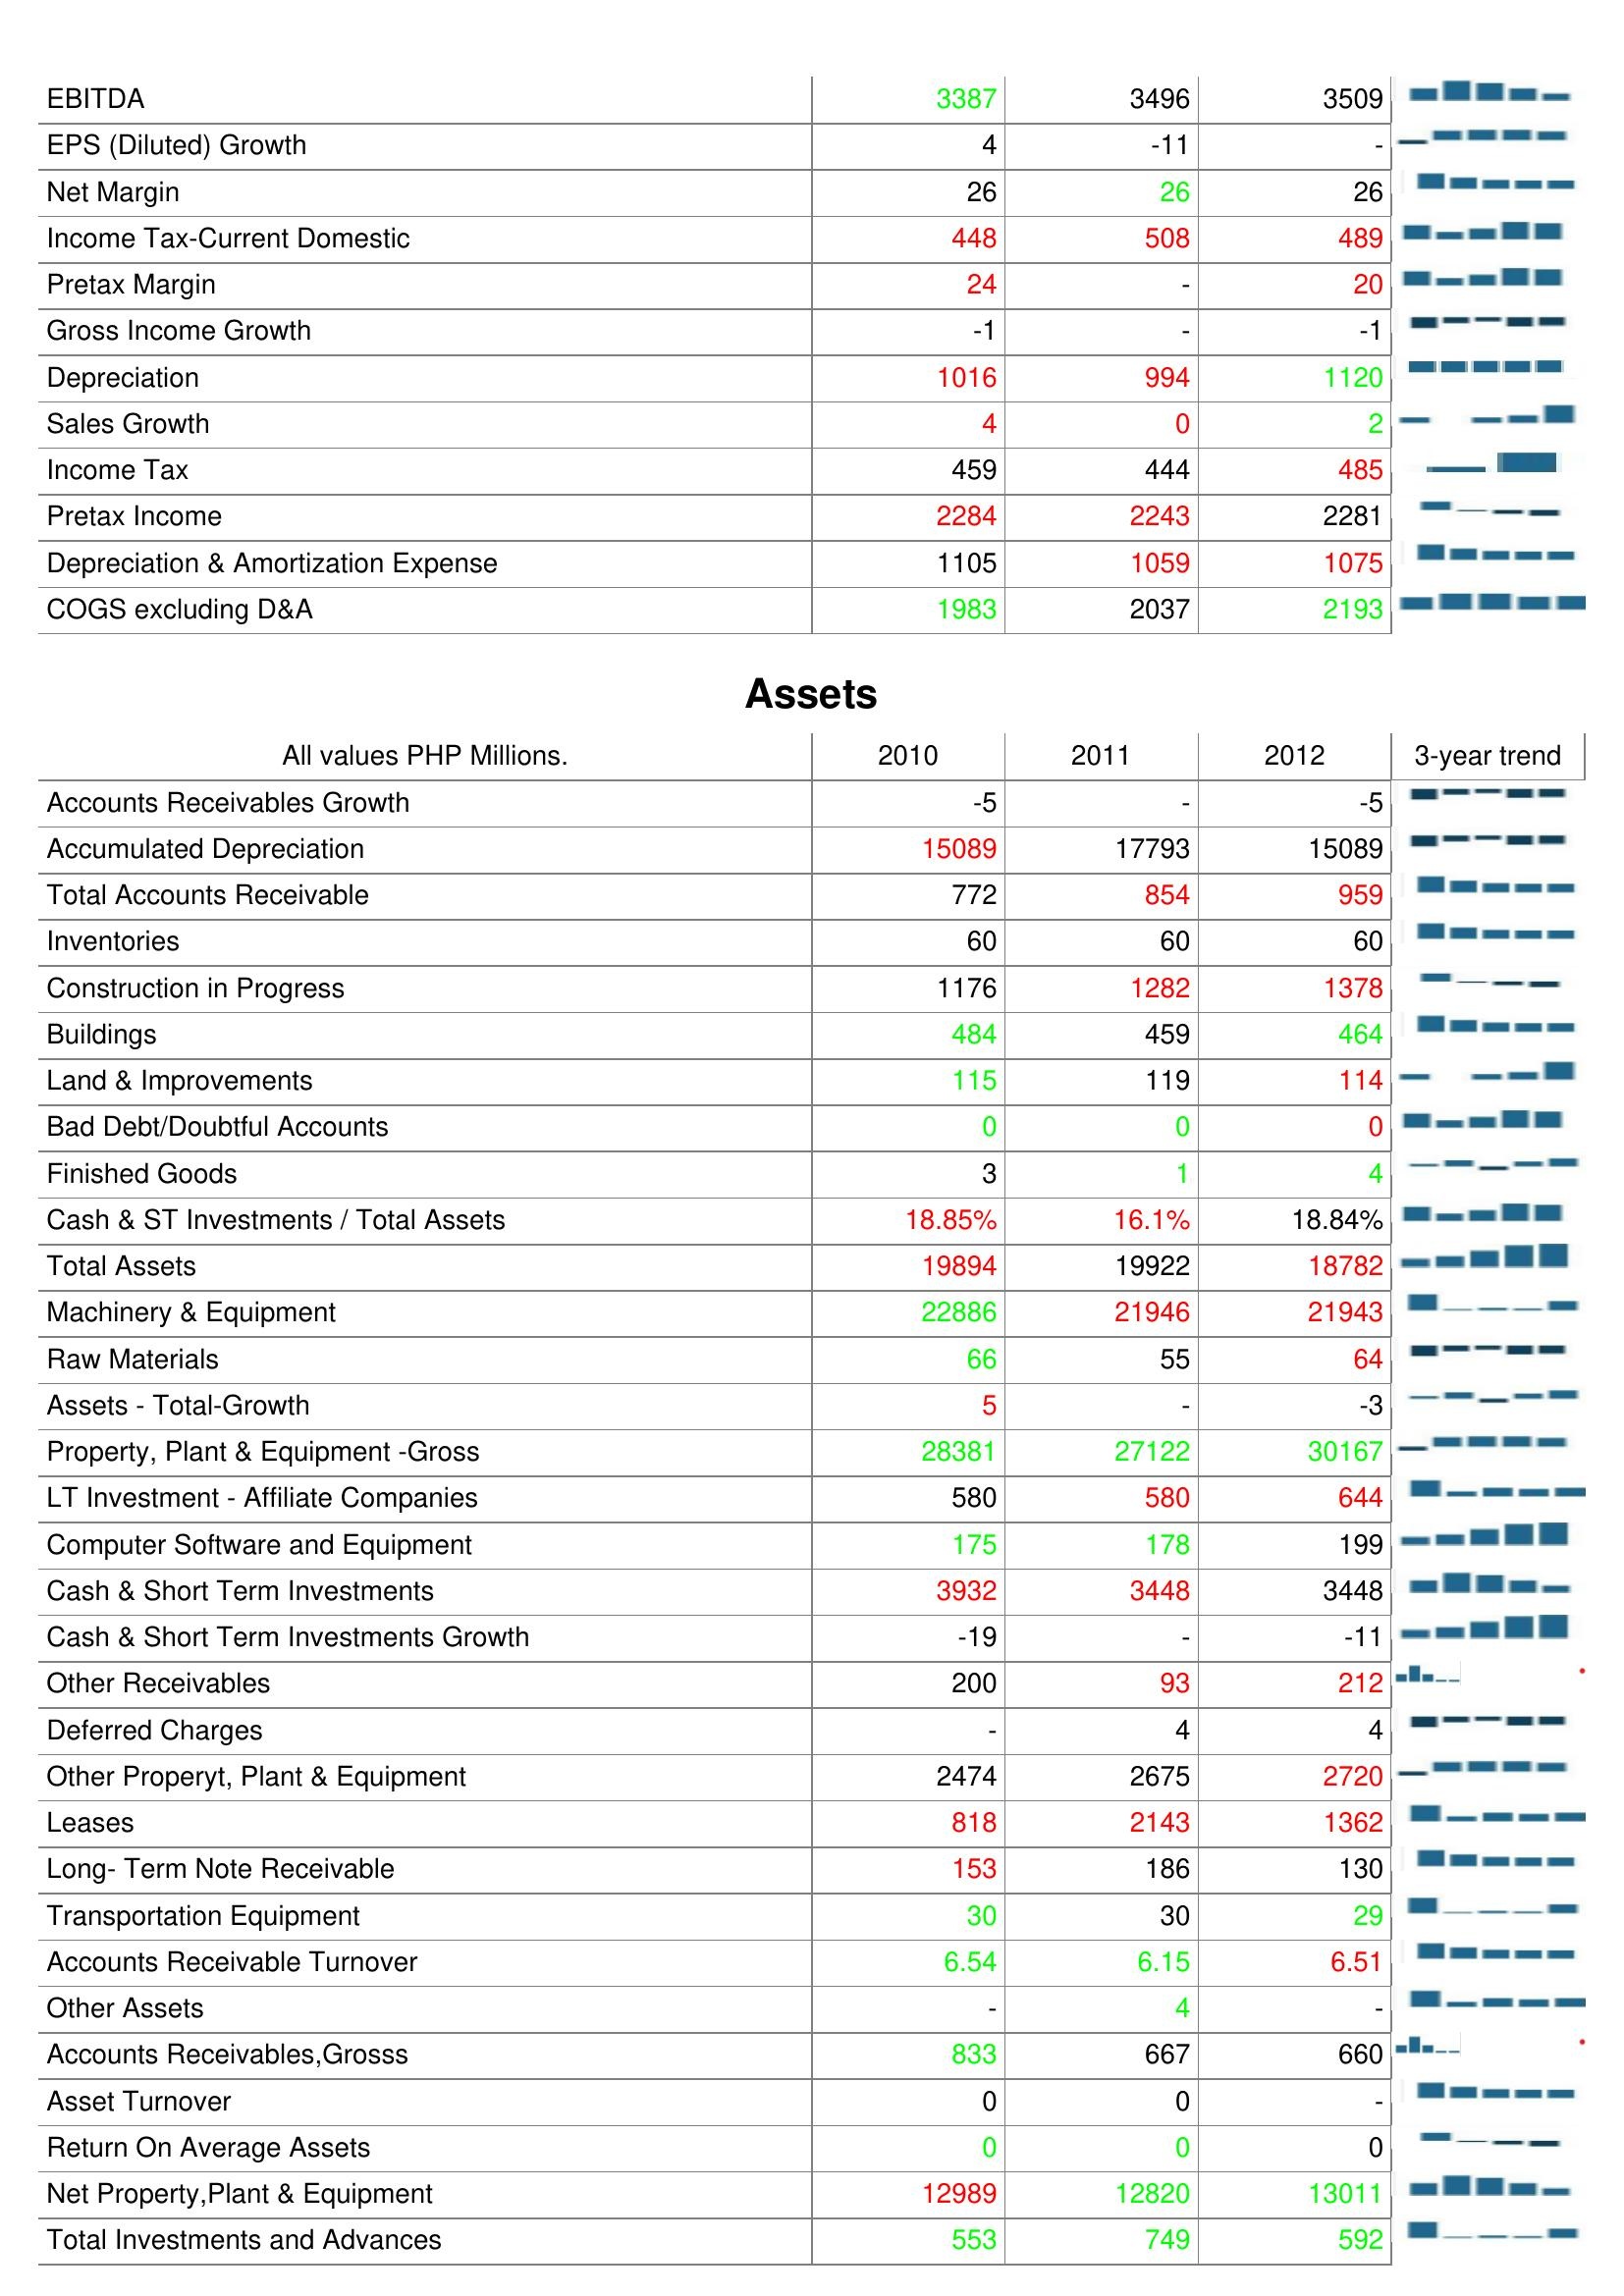
2010: : EBITDA: 3387
EPS (Diluted) Growth: 4
Net Margin: 26
Income Tax-Current Domestic: 448
Pretax Margin: 24
Gross Income Growth: -1
Depreciation: 1016
Sales Growth: 4
Income Tax: 459
Pretax Income: 2284
Depreciation & Amortization Expense: 1105
COGS excluding D&A: 1983
Assets: Accounts Receivables Growth: -5
Accumulated Depreciation: 15089
Total Accounts Receivable: 772
Inventories: 60
Construction in Progress: 1176
Buildings: 484
Land & Improvements: 115
Bad Debt/Doubtful Accounts: 0
Finished Goods: 3
Cash & ST Investments / Total Assets: 18.85%
Total Assets: 19894
Machinery & Equipment: 22886
Raw Materials: 66
Assets - Total-Growth: 5
Property, Plant & Equipment -Gross: 28381
LT Investment - Affiliate Companies: 580
Computer Software and Equipment: 175
Cash & Short Term Investments: 3932
Cash & Short Term Investments Growth: -19
Other Receivables: 200
Deferred Charges: -
Other Properyt, Plant & Equipment: 2474
Leases: 818
Long- Term Note Receivable: 153
Transportation Equipment: 30
Accounts Receivable Turnover: 6.54
Other Assets: -
Accounts Receivables,Grosss: 833
Asset Turnover: 0
Return On Average Assets: 0
Net Property,Plant & Equipment: 12989
Total Investments and Advances: 553
2011: : EBITDA: 3496
EPS (Diluted) Growth: -11
Net Margin: 26
Income Tax-Current Domestic: 508
Pretax Margin: -
Gross Income Growth: -
Depreciation: 994
Sales Growth: 0
Income Tax: 444
Pretax Income: 2243
Depreciation & Amortization Expense: 1059
COGS excluding D&A: 2037
Assets: Accounts Receivables Growth: -
Accumulated Depreciation: 17793
Total Accounts Receivable: 854
Inventories: 60
Construction in Progress: 1282
Buildings: 459
Land & Improvements: 119
Bad Debt/Doubtful Accounts: 0
Finished Goods: 1
Cash & ST Investments / Total Assets: 16.1%
Total Assets: 19922
Machinery & Equipment: 21946
Raw Materials: 55
Assets - Total-Growth: -
Property, Plant & Equipment -Gross: 27122
LT Investment - Affiliate Companies: 580
Computer Software and Equipment: 178
Cash & Short Term Investments: 3448
Cash & Short Term Investments Growth: -
Other Receivables: 93
Deferred Charges: 4
Other Properyt, Plant & Equipment: 2675
Leases: 2143
Long- Term Note Receivable: 186
Transportation Equipment: 30
Accounts Receivable Turnover: 6.15
Other Assets: 4
Accounts Receivables,Grosss: 667
Asset Turnover: 0
Return On Average Assets: 0
Net Property,Plant & Equipment: 12820
Total Investments and Advances: 749
2012: : EBITDA: 3509
EPS (Diluted) Growth: -
Net Margin: 26
Income Tax-Current Domestic: 489
Pretax Margin: 20
Gross Income Growth: -1
Depreciation: 1120
Sales Growth: 2
Income Tax: 485
Pretax Income: 2281
Depreciation & Amortization Expense: 1075
COGS excluding D&A: 2193
Assets: Accounts Receivables Growth: -5
Accumulated Depreciation: 15089
Total Accounts Receivable: 959
Inventories: 60
Construction in Progress: 1378
Buildings: 464
Land & Improvements: 114
Bad Debt/Doubtful Accounts: 0
Finished Goods: 4
Cash & ST Investments / Total Assets: 18.84%
Total Assets: 18782
Machinery & Equipment: 21943
Raw Materials: 64
Assets - Total-Growth: -3
Property, Plant & Equipment -Gross: 30167
LT Investment - Affiliate Companies: 644
Computer Software and Equipment: 199
Cash & Short Term Investments: 3448
Cash & Short Term Investments Growth: -11
Other Receivables: 212
Deferred Charges: 4
Other Properyt, Plant & Equipment: 2720
Leases: 1362
Long- Term Note Receivable: 130
Transportation Equipment: 29
Accounts Receivable Turnover: 6.51
Other Assets: -
Accounts Receivables,Grosss: 660
Asset Turnover: -
Return On Average Assets: 0
Net Property,Plant & Equipment: 13011
Total Investments and Advances: 592